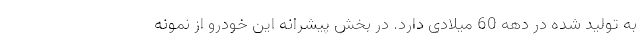
به تولید شده در دهه 60 میلادی دارد. در بخش پیشرانه این خودرو از نمونه